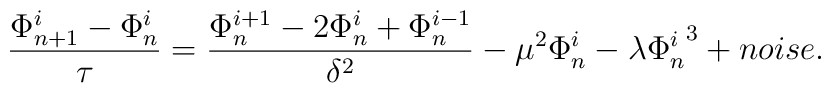
\frac{\Phi_{n+1}^i-\Phi_n^i}{\tau} = \frac{\Phi_n^{i+1} -2\Phi_n^i+\Phi_n^{i-1}}{\delta^2}-\mu^2\Phi_n^i-\lambda {\Phi_n^i}^3+noise.